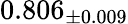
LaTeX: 0.806_{\pm 0.009}